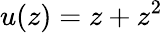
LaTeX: u(z)=z+z^{2}